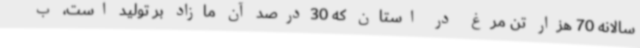
سالانه 70 هزار تن مرغ در استان که 30درصد آن مازاد بر تولید است، ب